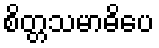
စိတ္တသမာဓိပေ